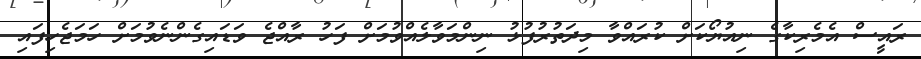
ރައީސް އެމެރިކާގެ ނިއުޔޯކަށް ކުރައްވާ މިދަތުރުފުޅު ނިންމަވާލެއްވުމަށް ފަހު ރާއްޖެ ވަޑައިގެންނެވުމަށް ހަމަޖެހިފައި